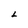
Character: L